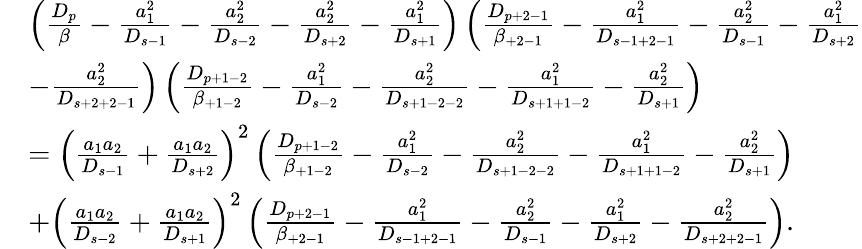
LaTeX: \begin{array}{rl}&{\left(\frac{D_{p}}{\beta}-\frac{a_{1}^{2}}{D_{s-1}}-\frac{a_{2}^{2}}{D_{s-2}}-\frac{a_{2}^{2}}{D_{s+2}}-\frac{a_{1}^{2}}{D_{s+1}}\right)\left(\frac{D_{p+2-1}}{\beta_{+2-1}}-\frac{a_{1}^{2}}{D_{s-1+2-1}}-\frac{a_{2}^{2}}{D_{s-1}}-\frac{a_{1}^{2}}{D_{s+2}}\right.}\\ &{\left.-\frac{a_{2}^{2}}{D_{s+2+2-1}}\right)\left(\frac{D_{p+1-2}}{\beta_{+1-2}}-\frac{a_{1}^{2}}{D_{s-2}}-\frac{a_{2}^{2}}{D_{s+1-2-2}}-\frac{a_{1}^{2}}{D_{s+1+1-2}}-\frac{a_{2}^{2}}{D_{s+1}}\right)}\\ &{=\left(\frac{a_{1}a_{2}}{D_{s-1}}+\frac{a_{1}a_{2}}{D_{s+2}}\right)^{2}\left(\frac{D_{p+1-2}}{\beta_{+1-2}}-\frac{a_{1}^{2}}{D_{s-2}}-\frac{a_{2}^{2}}{D_{s+1-2-2}}-\frac{a_{1}^{2}}{D_{s+1+1-2}}-\frac{a_{2}^{2}}{D_{s+1}}\right)}\\ &{+\left(\frac{a_{1}a_{2}}{D_{s-2}}+\frac{a_{1}a_{2}}{D_{s+1}}\right)^{2}\left(\frac{D_{p+2-1}}{\beta_{+2-1}}-\frac{a_{1}^{2}}{D_{s-1+2-1}}-\frac{a_{2}^{2}}{D_{s-1}}-\frac{a_{1}^{2}}{D_{s+2}}-\frac{a_{2}^{2}}{D_{s+2+2-1}}\right).}\end{array}